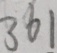
3 6 1